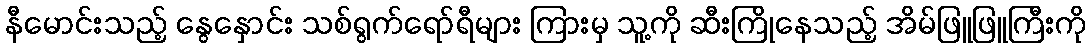
နီမောင်းသည့် နွေနှောင်း သစ်ရွက်ရော်ရီများ ကြားမှ သူ့ကို ဆီးကြိုနေသည့် အိမ်ဖြူဖြူကြီးကို